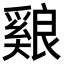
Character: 𦫑